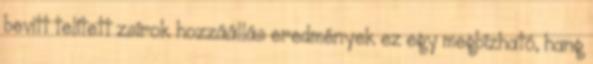
bevitt telített zsírok hozzáállás eredmények ez egy megbízható, hang